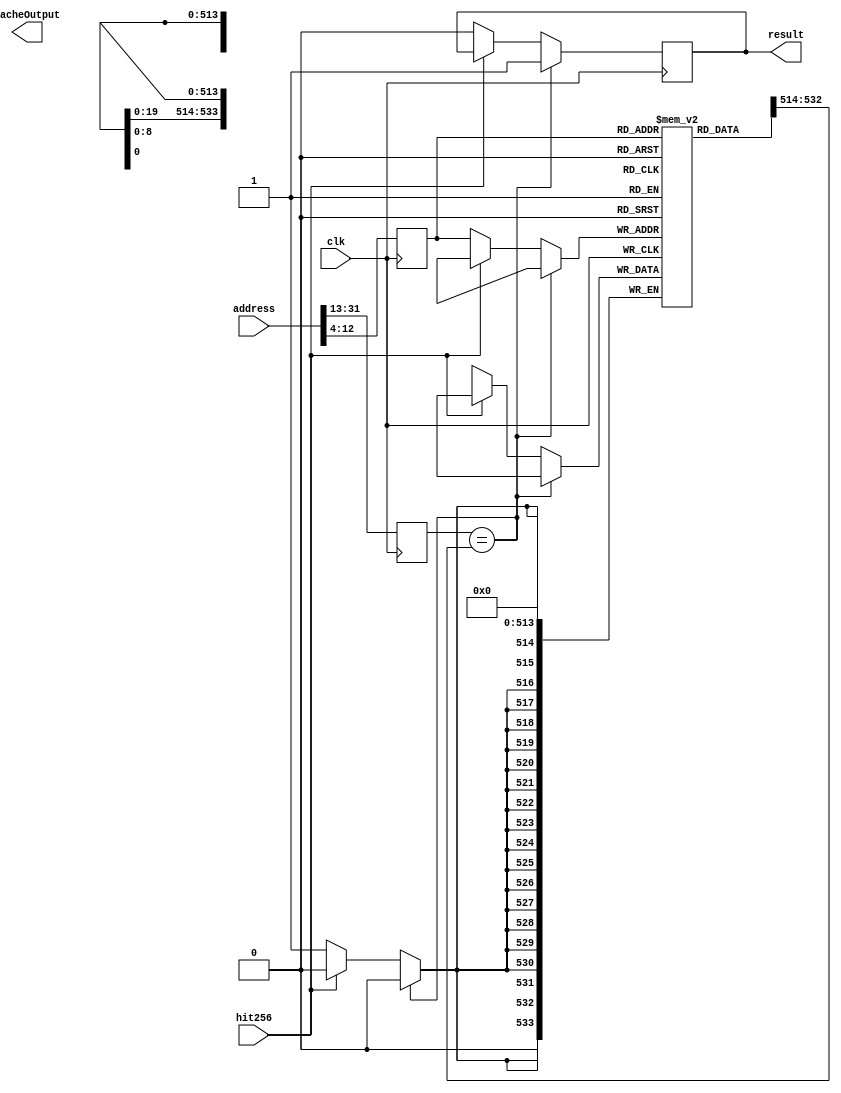
module Cache512(input clk,input [31:0] address,output reg [31:0] cacheOutput,output reg result,input hit256);
// 1(valid bit) + 20(tag bits) + 512(16 words of 32 bits each)
reg [533:0] cache[0:511];
reg [18:0] tag;
reg [8:0] index;
reg [3:0] blockOffset;
always @(posedge clk)
begin
	tag <= address[31:13];
	index <= address[12:4];
	blockOffset <= address[3:0];
	if(tag == cache[index][532:514])
	begin
		//cacheOutput<= cache[index][blockOffset*32+31-:32];
		result <= 1; //hit
	end
	else
	begin
		if(hit256 == 0)
		begin
		cache[index][532:514] = tag;
		result <= 0; //miss
	       	end
	end 
end

endmodule